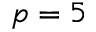
p = 5